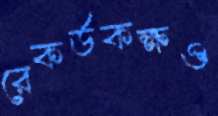
রেকর্ডকক্ষও